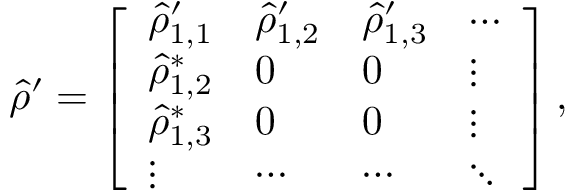
\hat { \rho } ^ { \prime } = \left[ \begin{array} { l l l l } { \hat { \rho } _ { 1 , 1 } ^ { \prime } } & { \hat { \rho } _ { 1 , 2 } ^ { \prime } } & { \hat { \rho } _ { 1 , 3 } ^ { \prime } } & { \cdots } \\ { \hat { \rho } _ { 1 , 2 } ^ { * } } & { 0 } & { 0 } & { \vdots } \\ { \hat { \rho } _ { 1 , 3 } ^ { * } } & { 0 } & { 0 } & { \vdots } \\ { \vdots } & { \cdots } & { \cdots } & { \ddots } \end{array} \right] ,